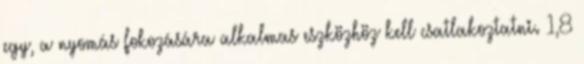
egy, a nyomás fokozására alkalmas eszközhöz kell csatlakoztatni. 1,8